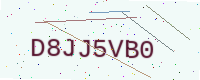
Text: D8JJ5VB0